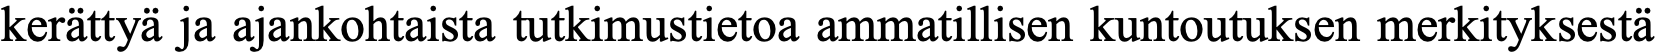
kerättyä ja ajankohtaista tutkimustietoa ammatillisen kuntoutuksen merkityksestä